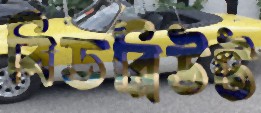
বিডব্লিউট